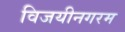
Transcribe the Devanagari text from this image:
विजयीनगरम